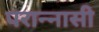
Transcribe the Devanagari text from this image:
परान्नासी